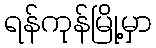
ရန်ကုန်မြို့မှာ